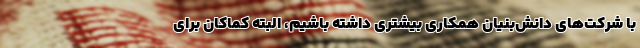
با شرکت‌های دانش‌بنیان همکاری بیشتری داشته باشیم، البته کماکان برای